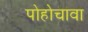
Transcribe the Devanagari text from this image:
पोहोचावा